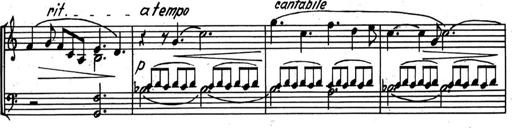
Title: Kleine Sonate
Composer: Raoul Koczalski
Key: C major